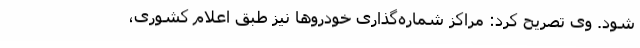
شود. وی تصریح کرد: مراکز شماره‌گذاری خودروها نیز طبق اعلام کشوری،